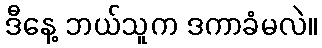
ဒီနေ့ ဘယ်သူက ဒကာခံမလဲ။